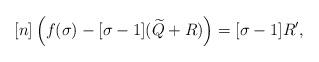
LaTeX: \begin{align*}[n] \left ( f(\sigma) - [\sigma-1](\widetilde Q + R ) \right ) = [\sigma-1]R^\prime,\end{align*}